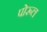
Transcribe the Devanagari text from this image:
पोरूल